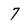
Character: 7